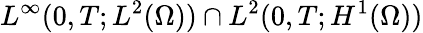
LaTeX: L^{\infty}(0,T;L^{2}(\Omega))\cap L^{2}(0,T;H^{1}(\Omega))